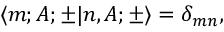
\langle m ; A ; \pm | n , A ; \pm \rangle = \delta _ { m n } ,